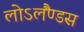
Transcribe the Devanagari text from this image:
लोऽलैंण्डस